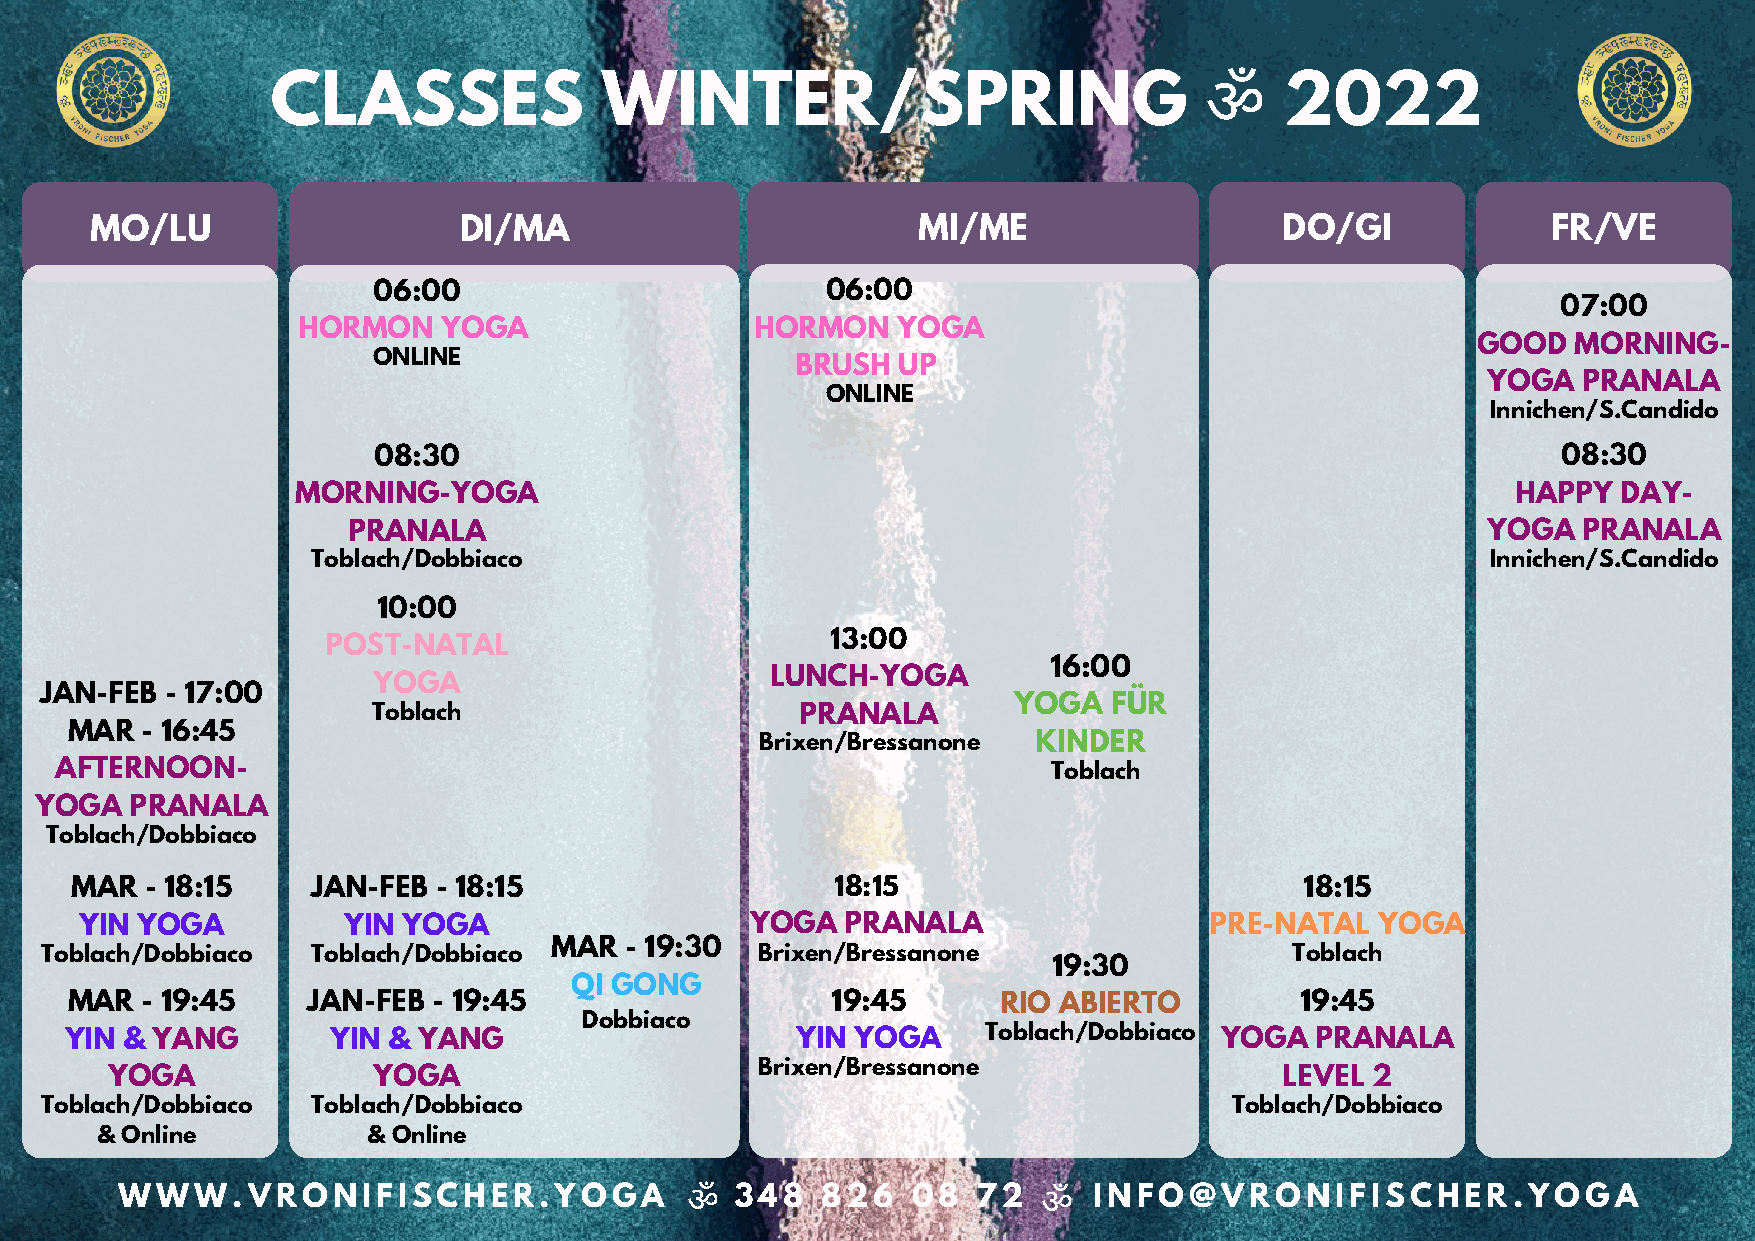
CLASSES               WINTER/SPRING                           ॐ    2022
 MO/LU                   DI/MA                          MI/ME                   DO/GI             FR/VE
 06:00                         06:00
 07:00
 HORMON   YOGA                 HORMON   YOGA
 GOOD  MORNING-
 ONLINE
 BRUSH UP
 YOGA   PRANALA
 ONLINE
 Innichen/S.Candido
 08:30                                                                         08:30
 MORNING-YOGA                                                                    HAPPY  DAY-
 PRANALA                                                                    YOGA   PRANALA
 Toblach/Dobbiaco                                                              Innichen/S.Candido
 10:00
 13:00
 POST-NATAL
 16:00
 LUNCH-YOGA
 YOGA
 JAN-FEB - 17:00
 YOGA   FÜR
 Toblach                     PRANALA
 MAR  - 16:45
 Brixen/Bressanone  KINDER
 AFTERNOON-                                                        Toblach
 YOGA   PRANALA
 Toblach/Dobbiaco
 MAR  - 18:15    JAN-FEB - 18:15                   18:15                          18:15
 YIN YOGA          YIN YOGA                   YOGA  PRANALA                 PRE-NATAL  YOGA
 MAR  - 19:30
 Toblach/Dobbiaco  Toblach/Dobbiaco             Brixen/Bressanone                   Toblach
 19:30
 QI GONG
 MAR  - 19:45    JAN-FEB  - 19:45                   19:45      RIO ABIERTO         19:45
 Dobbiaco
 YIN & YANG        YIN & YANG                     YIN YOGA    Toblach/Dobbiaco YOGA PRANALA
 Brixen/Bressanone
 YOGA              YOGA                                                        LEVEL 2
 Toblach/Dobbiaco  Toblach/Dobbiaco                                             Toblach/Dobbiaco
 & Online          & Online
 WWW.VRONIFISCHER.YOGA                ॐ   348  826   08   72  ॐ  INFO@VRONIFISCHER.YOGA